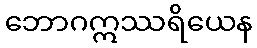
ဘောဂဣဿရိယေန